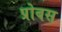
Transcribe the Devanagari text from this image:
प्रोबस